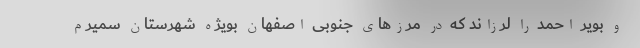
و بویر احمد را لرزاند که در مرزهای جنوبی اصفهان بویژه شهرستان سمیرم